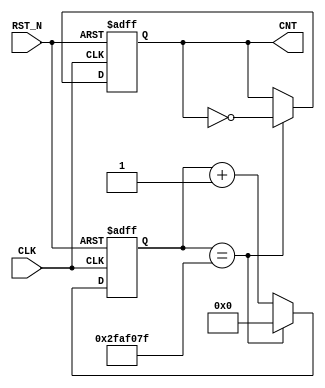
module TEST_LED (
	input CLK,
	input RST_N,
	output CNT
);

	parameter M = 32'd4999_9999;
	reg [31:0] tmp;
	reg mode;
	always@(posedge CLK or negedge RST_N) begin
		if(!RST_N) begin
			tmp <= 32'd0;
			mode <= 1'b0;
		end else if (tmp == M) begin
			tmp <= 0;
			mode <= ~mode;
		end else begin
			tmp <= tmp + 1;
		end
	end
	
	assign CNT = mode;
	
endmodule